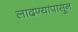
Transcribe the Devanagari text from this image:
लादण्यापासून